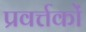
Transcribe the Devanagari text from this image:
प्रवर्त्तकों